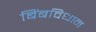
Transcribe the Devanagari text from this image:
बिंबविधान